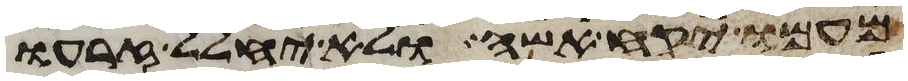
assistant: מעמו יקח אשה ולא יחלל זרעו